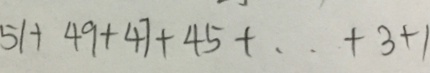
5 1 + 4 9 + 4 7 + 4 5 + \cdots + 3 + 1